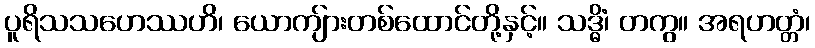
ပူရိသသဟေဿဟိ၊ ယောကျ်ားတစ်ထောင်တို့နှင့်။ သဒ္ဓိံ၊ တကွ။ အရဟတ္တံ၊